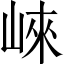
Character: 崍